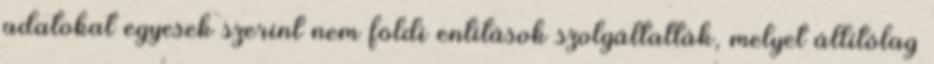
adatokat egyesek szerint nem földi entitások szolgáltatták, melyet állítólag